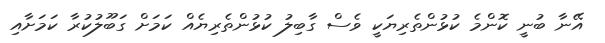
އޭނާ ބުނީ ކޮންމެ ކުޅުންތެރިޔަކީ ވެސް ގާބިލު ކުޅުންތެރިޔެއް ކަމަށް ގަބޫލުކުރާ ކަމަށާއި